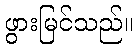
ဖွားမြင်သည်။